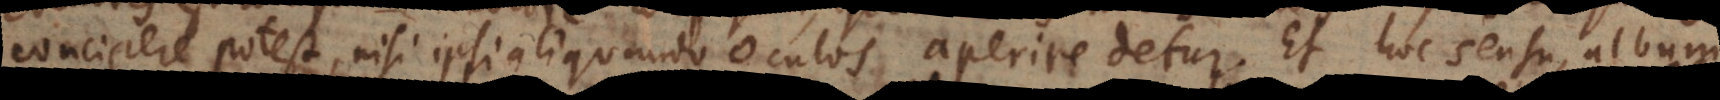
concipere potest, nisi ipsi aliquando oculos aperire detur. Et hoc sensu, album